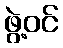
ဖွဲ့ဝင်